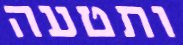
ותטעה